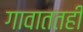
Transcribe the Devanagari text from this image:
गावाततही